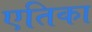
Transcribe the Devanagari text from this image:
एतिका